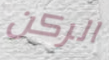
الركن